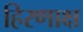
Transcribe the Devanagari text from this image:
हिरणाक्ष